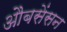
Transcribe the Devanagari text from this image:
औबसेंसन